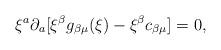
LaTeX: \begin{align*}\xi^a\partial_a[\xi^\beta g_{\beta\mu}(\xi) - \xi^\beta c_{\beta\mu}] = 0,\end{align*}